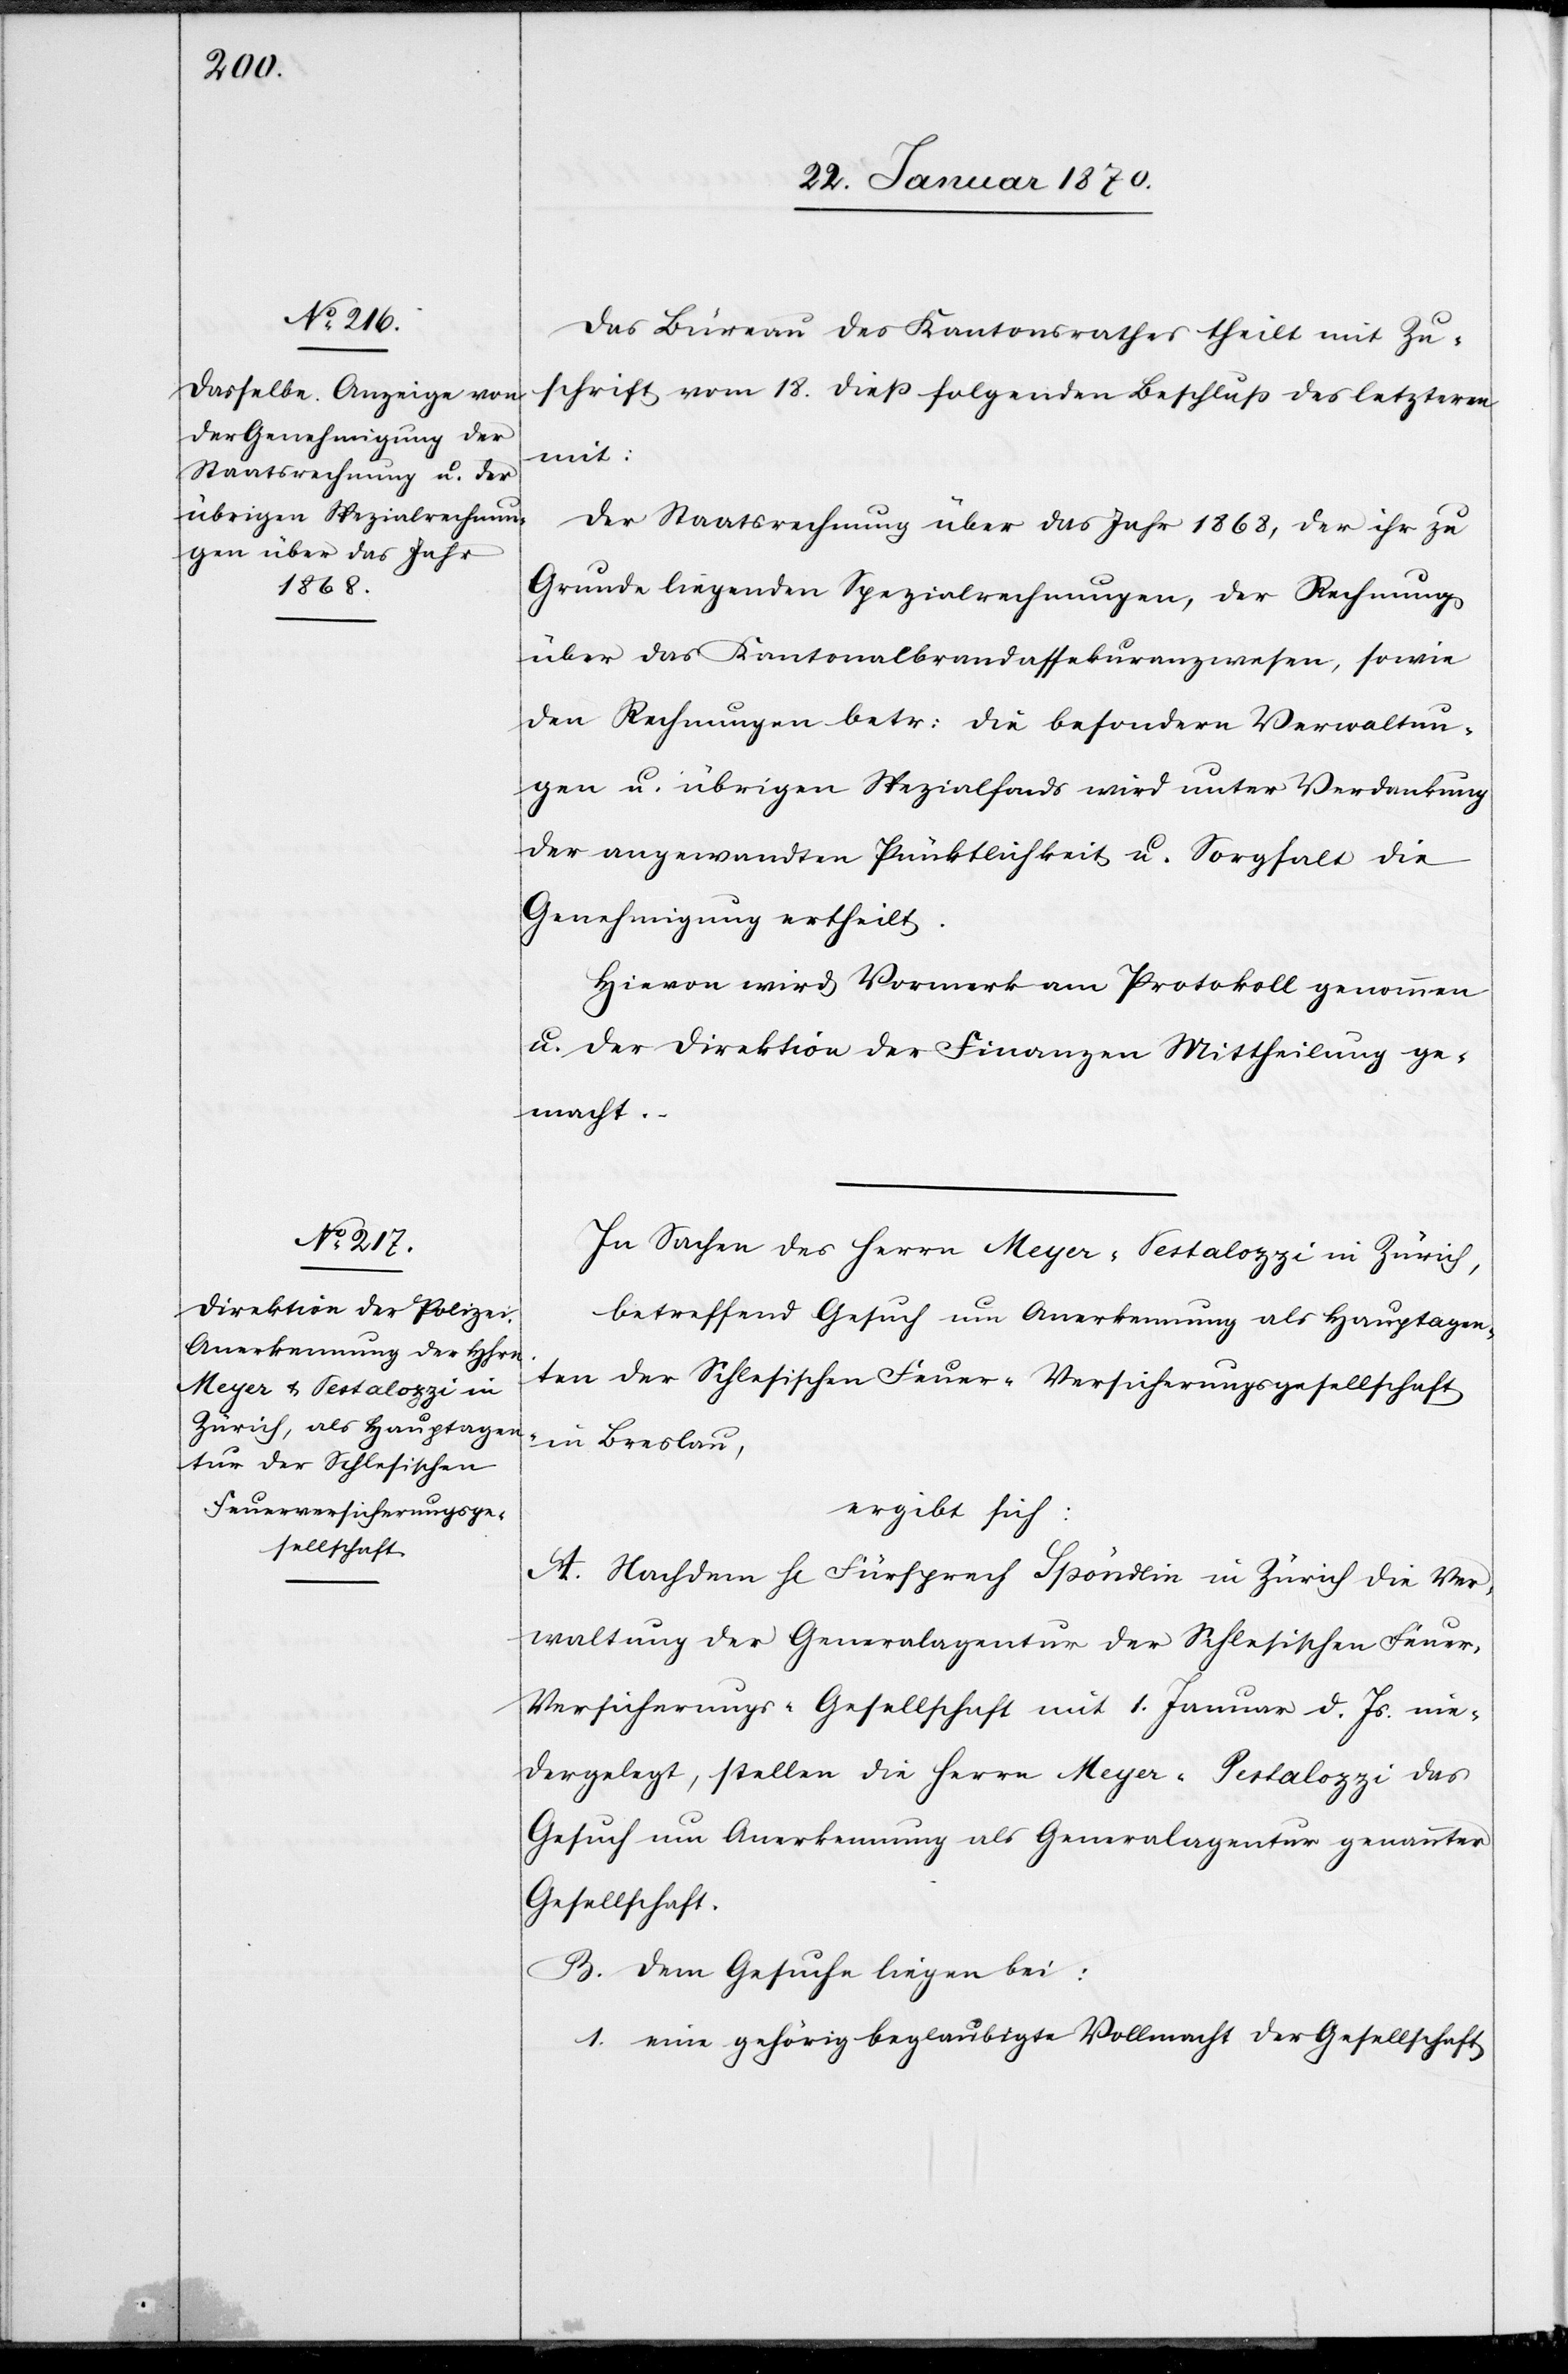
Das Büreau des Kantonsrathes theilt mit Zu¬
schrift vom 18. dieß folgenden Beschluß des letzteren
mit:
Der Staatsrechnung über das Jahr 1868, der ihr zu
Grunde liegenden Spezialrechnungen, der Rechnung
über das Kantonalbrandassekuranzwesen, sowie
der Rechnungen betr: die besondern Verwaltun¬
gen u. übrigen Spezialfonds wird unter Verdankung
der angewandten Pünktlichkeit u. Sorgfalt die
Genehmigung ertheilt.
Hievon wird Vormerk am Protokoll genommen
u. der Direktion der Finanzen Mittheilung ge¬
macht.
In Sachen des Herrn Meyer-Pestalozzi [sic!] in Zürich,
betreffend Gesuch um Anerkennung als Hauptagen¬
ten der Schlesischen Feuer-Versicherungsgesellschaft
in Breslau,
ergibt sich:
A. Nachdem H[err] Fürsprech Spöndlin in Zürich die Ver¬
waltung der Generalagentur der schlesischen Feuer-V¬
ersicherungs-Gesellschaft mit 1. Januar d. Js. nie¬
dergelegt, stellen die Herrn Meyer-Pestalozzi das
Gesuch um Anerkennung als Generalagentur genannter
Gesellschaft.
B. Dem Gesuche liegen bei:
1. eine gehörig beglaubigte Vollmacht der Gesellschaft